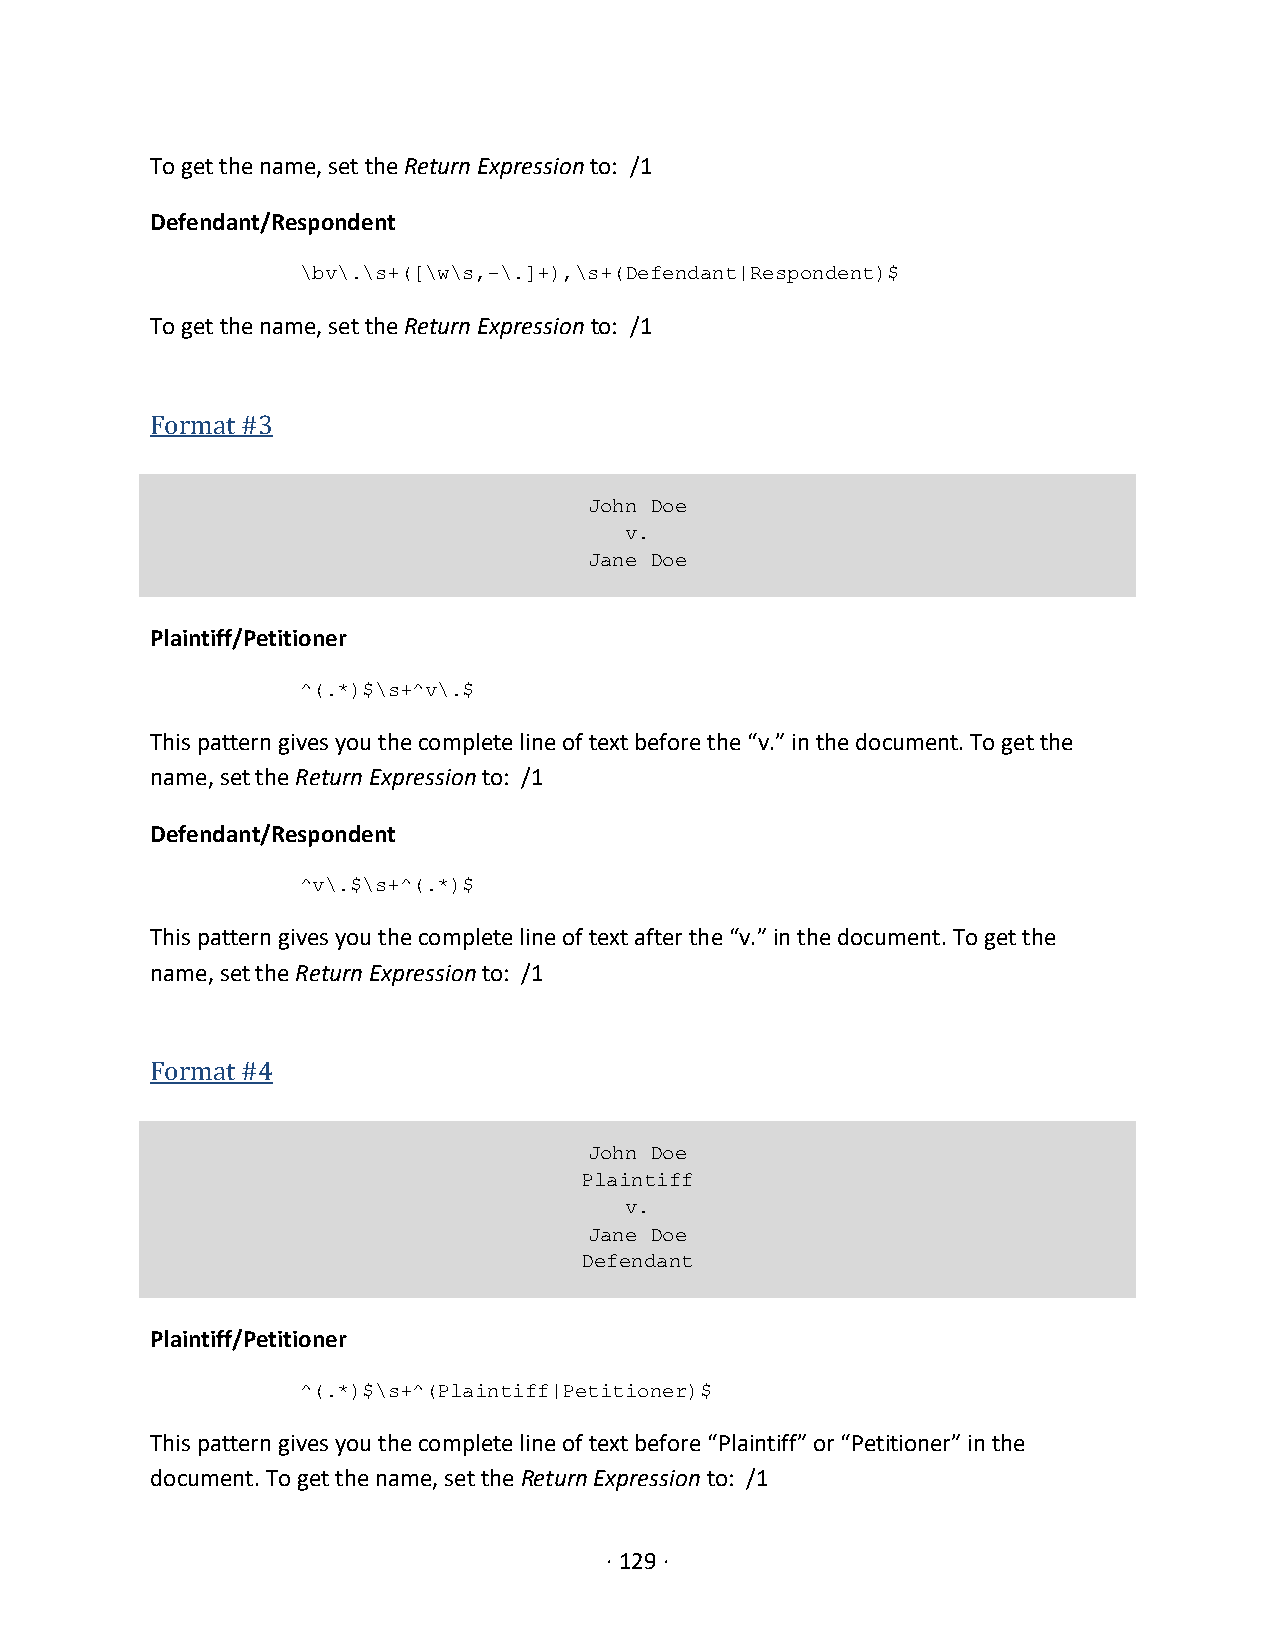
To get the name, set the Return Expression to: /1
 Defendant/Respondent
 \bv\.\s+([\w\s,-\.]+),\s+(Defendant|Respondent)$
 To get the name, set the Return Expression to: /1
 Format #3
 John Doe
 v.
 Jane Doe
 Plaintiff/Petitioner
 ^(.*)$\s+^v\.$
 This pattern gives you the complete line of text before the “v.” in the document. To get the
 name, set the Return Expression to: /1
 Defendant/Respondent
 ^v\.$\s+^(.*)$
 This pattern gives you the complete line of text after the “v.” in the document. To get the
 name, set the Return Expression to: /1
 Format #4
 John Doe
 Plaintiff
 v.
 Jane Doe
 Defendant
 Plaintiff/Petitioner
 ^(.*)$\s+^(Plaintiff|Petitioner)$
 This pattern gives you the complete line of text before “Plaintiff” or “Petitioner” in the
 document. To get the name, set the Return Expression to: /1
 · 129 ·